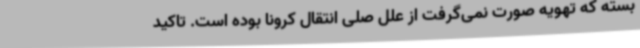
بسته که تهویه صورت نمی‌گرفت از علل صلی انتقال کرونا بوده است. تاکید